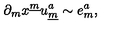
\partial _ { m } x ^ { \underline { { m } } } u _ { \underline { { m } } } ^ { a } { } \sim e _ { m } ^ { a } ,